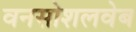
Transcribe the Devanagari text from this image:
वनसोशलवेब